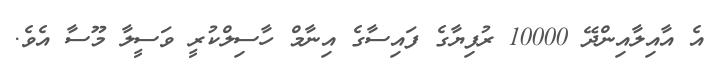
އެ އާއިލާއިންދޭ 10000 ރުފިޔާގެ ފައިސާގެ އިނާމް ހާސިލްކުރީ ވަސީލާ މޫސާ އެވެ.